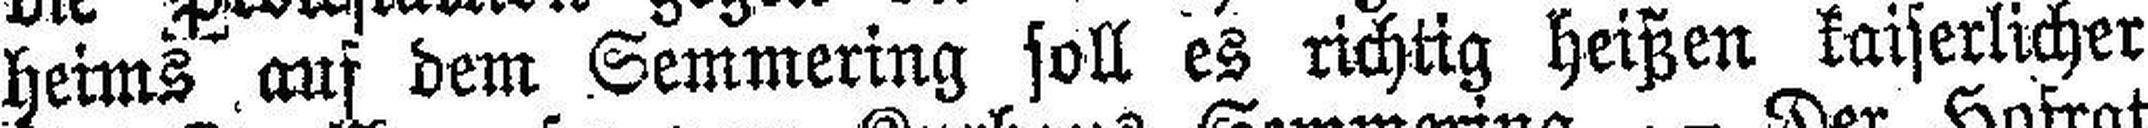
heims auf dem Semmering soll es richtig heißen kaiserlicher